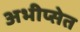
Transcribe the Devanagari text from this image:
अभीप्सेत